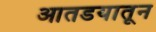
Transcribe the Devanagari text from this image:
आतडयातून